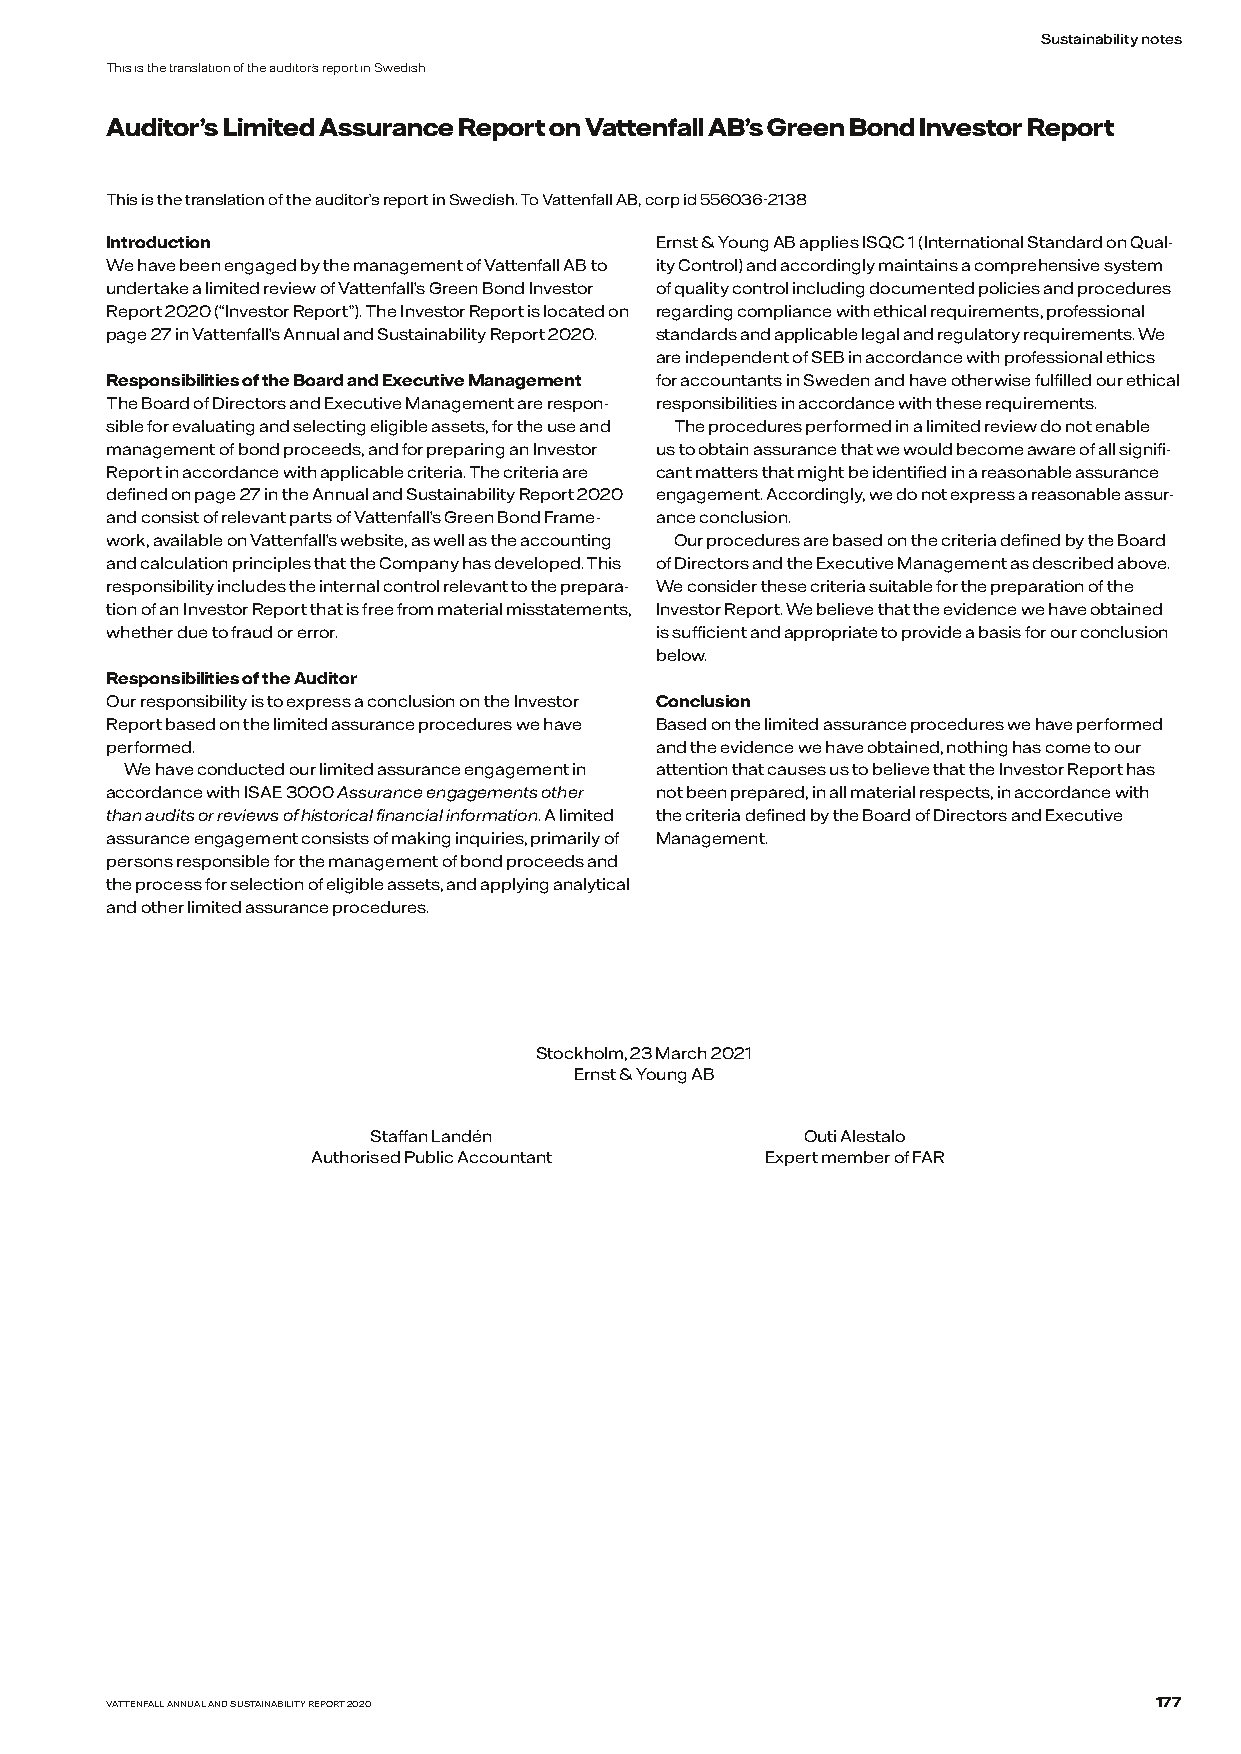
Sustainability notes
 This is the translation of the auditor’s report in Swedish
 Auditor’s Limited Assurance Report on Vattenfall AB’s Green Bond Investor Report
 This is the translation of the auditor’s report in Swedish. To Vattenfall AB, corp id 556036-2138
 Introduction                        Ernst & Young AB applies ISQC 1 (International Standard on Qual-
 We have been engaged by the management of Vattenfall AB to ity Control) and accordingly maintains a comprehensive system
 undertake a limited review of Vattenfall’s Green Bond Investor of quality control including documented policies and procedures
 Report 2020 (“Investor Report”). The Investor Report is located on regarding compliance with ethical requirements, professional
 page 27 in Vattenfall’s Annual and Sustainability Report 2020. standards and applicable legal and regulatory requirements. We
 are independent of SEB in accordance with professional ethics
 Responsibilities of the Board and Executive Management for accountants in Sweden and have otherwise fulfilled our ethical
 The Board of Directors and Executive Management are respon- responsibilities in accordance with these requirements.
 sible for evaluating and selecting eligible assets, for the use and The procedures performed in a limited review do not enable
 management of bond proceeds, and for preparing an Investor us to obtain assurance that we would become aware of all signifi-
 Report in accordance with applicable criteria. The criteria are cant matters that might be identified in a reasonable assurance
 defined on page 27 in the Annual and Sustainability Report 2020 engagement. Accordingly, we do not express a reasonable assur-
 and consist of relevant parts of Vattenfall’s Green Bond Frame- ance conclusion.
 work, available on Vattenfall’s website, as well as the accounting Our procedures are based on the criteria defined by the Board
 and calculation principles that the Company has developed. This of Directors and the Executive Management as described above.
 responsibility includes the internal control relevant to the prepara- We consider these criteria suitable for the preparation of the
 tion of an Investor Report that is free from material misstatements, Investor Report. We believe that the evidence we have obtained
 whether due to fraud or error.      is sufficient and appropriate to provide a basis for our conclusion
 below.
 Responsibilities of the Auditor
 Our responsibility is to express a conclusion on the Investor Conclusion
 Report based on the limited assurance procedures we have Based on the limited assurance procedures we have performed
 performed.                          and the evidence we have obtained, nothing has come to our
 We have conducted our limited assurance engagement in attention that causes us to believe that the Investor Report has
 accordance with ISAE 3000 Assurance engagements other not been prepared, in all material respects, in accordance with
 than audits or reviews of historical financial information. A limited the criteria defined by the Board of Directors and Executive
 assurance engagement consists of making inquiries, primarily of Management.
 persons responsible for the management of bond proceeds and
 the process for selection of eligible assets, and applying analytical
 and other limited assurance procedures.
 Stockholm, 23 March 2021
 Ernst & Young AB
 Staffan Landén              Outi Alestalo
 Authorised Public Accountant  Expert member of FAR
 VATTENFALL ANNUAL AND SUSTAINABILITY REPORT 2020                     177